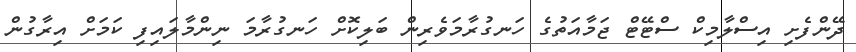
ދޭންފެށި އިސްލާމިކް ސްޓޭޓް ޖަމާއަތުގެ ހަނގުރާމަވެރިން ބަލިކޮށް ހަނގުރާމަ ނިންމާލައިފި ކަމަށް އިރާގުން